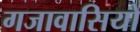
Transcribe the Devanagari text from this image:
गजावासियों